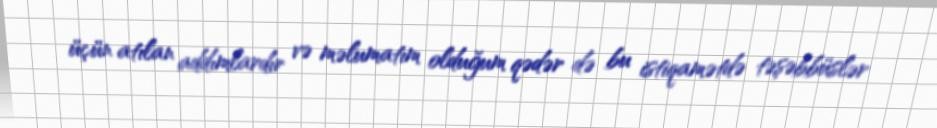
üçün atılan addımlardır və məlumatım olduğum qədər də bu istiqamətdə təşəbbüslər